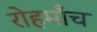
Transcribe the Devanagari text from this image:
रोहमाँच